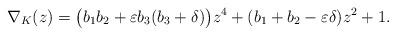
LaTeX: \begin{align*}\nabla_{K}(z)=\bigl(b_{1}b_{2}+\varepsilon b_{3}(b_{3}+\delta)\bigr)z^{4}+(b_{1}+b_{2}-\varepsilon\delta)z^{2}+1.\end{align*}